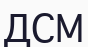
ДСМ